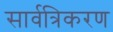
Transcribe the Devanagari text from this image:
सार्वत्रिकरण